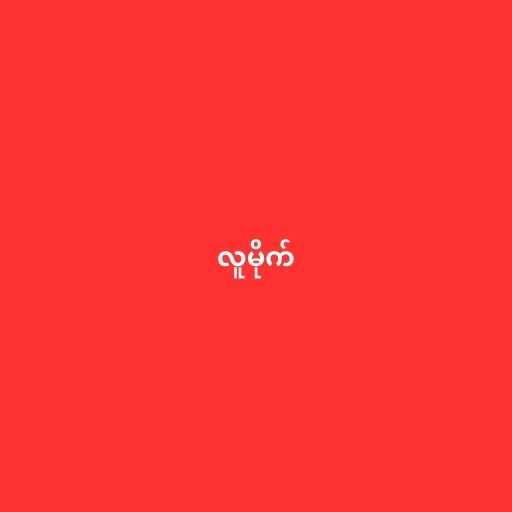
လူမိုက်